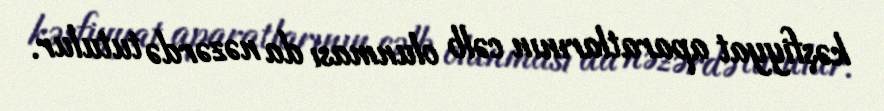
kəşfiyyat aparatlarının cəlb olunması da nəzərdə tutulur.